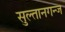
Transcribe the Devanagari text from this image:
सुल्तानगन्ज